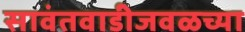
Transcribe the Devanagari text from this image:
सावंतवाडीजवळच्या